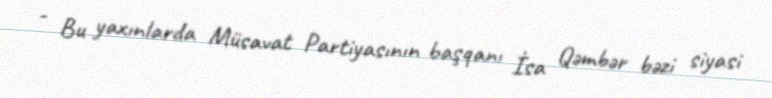
- Bu yaxınlarda Müsavat Partiyasının başqanı İsa Qəmbər bəzi siyasi